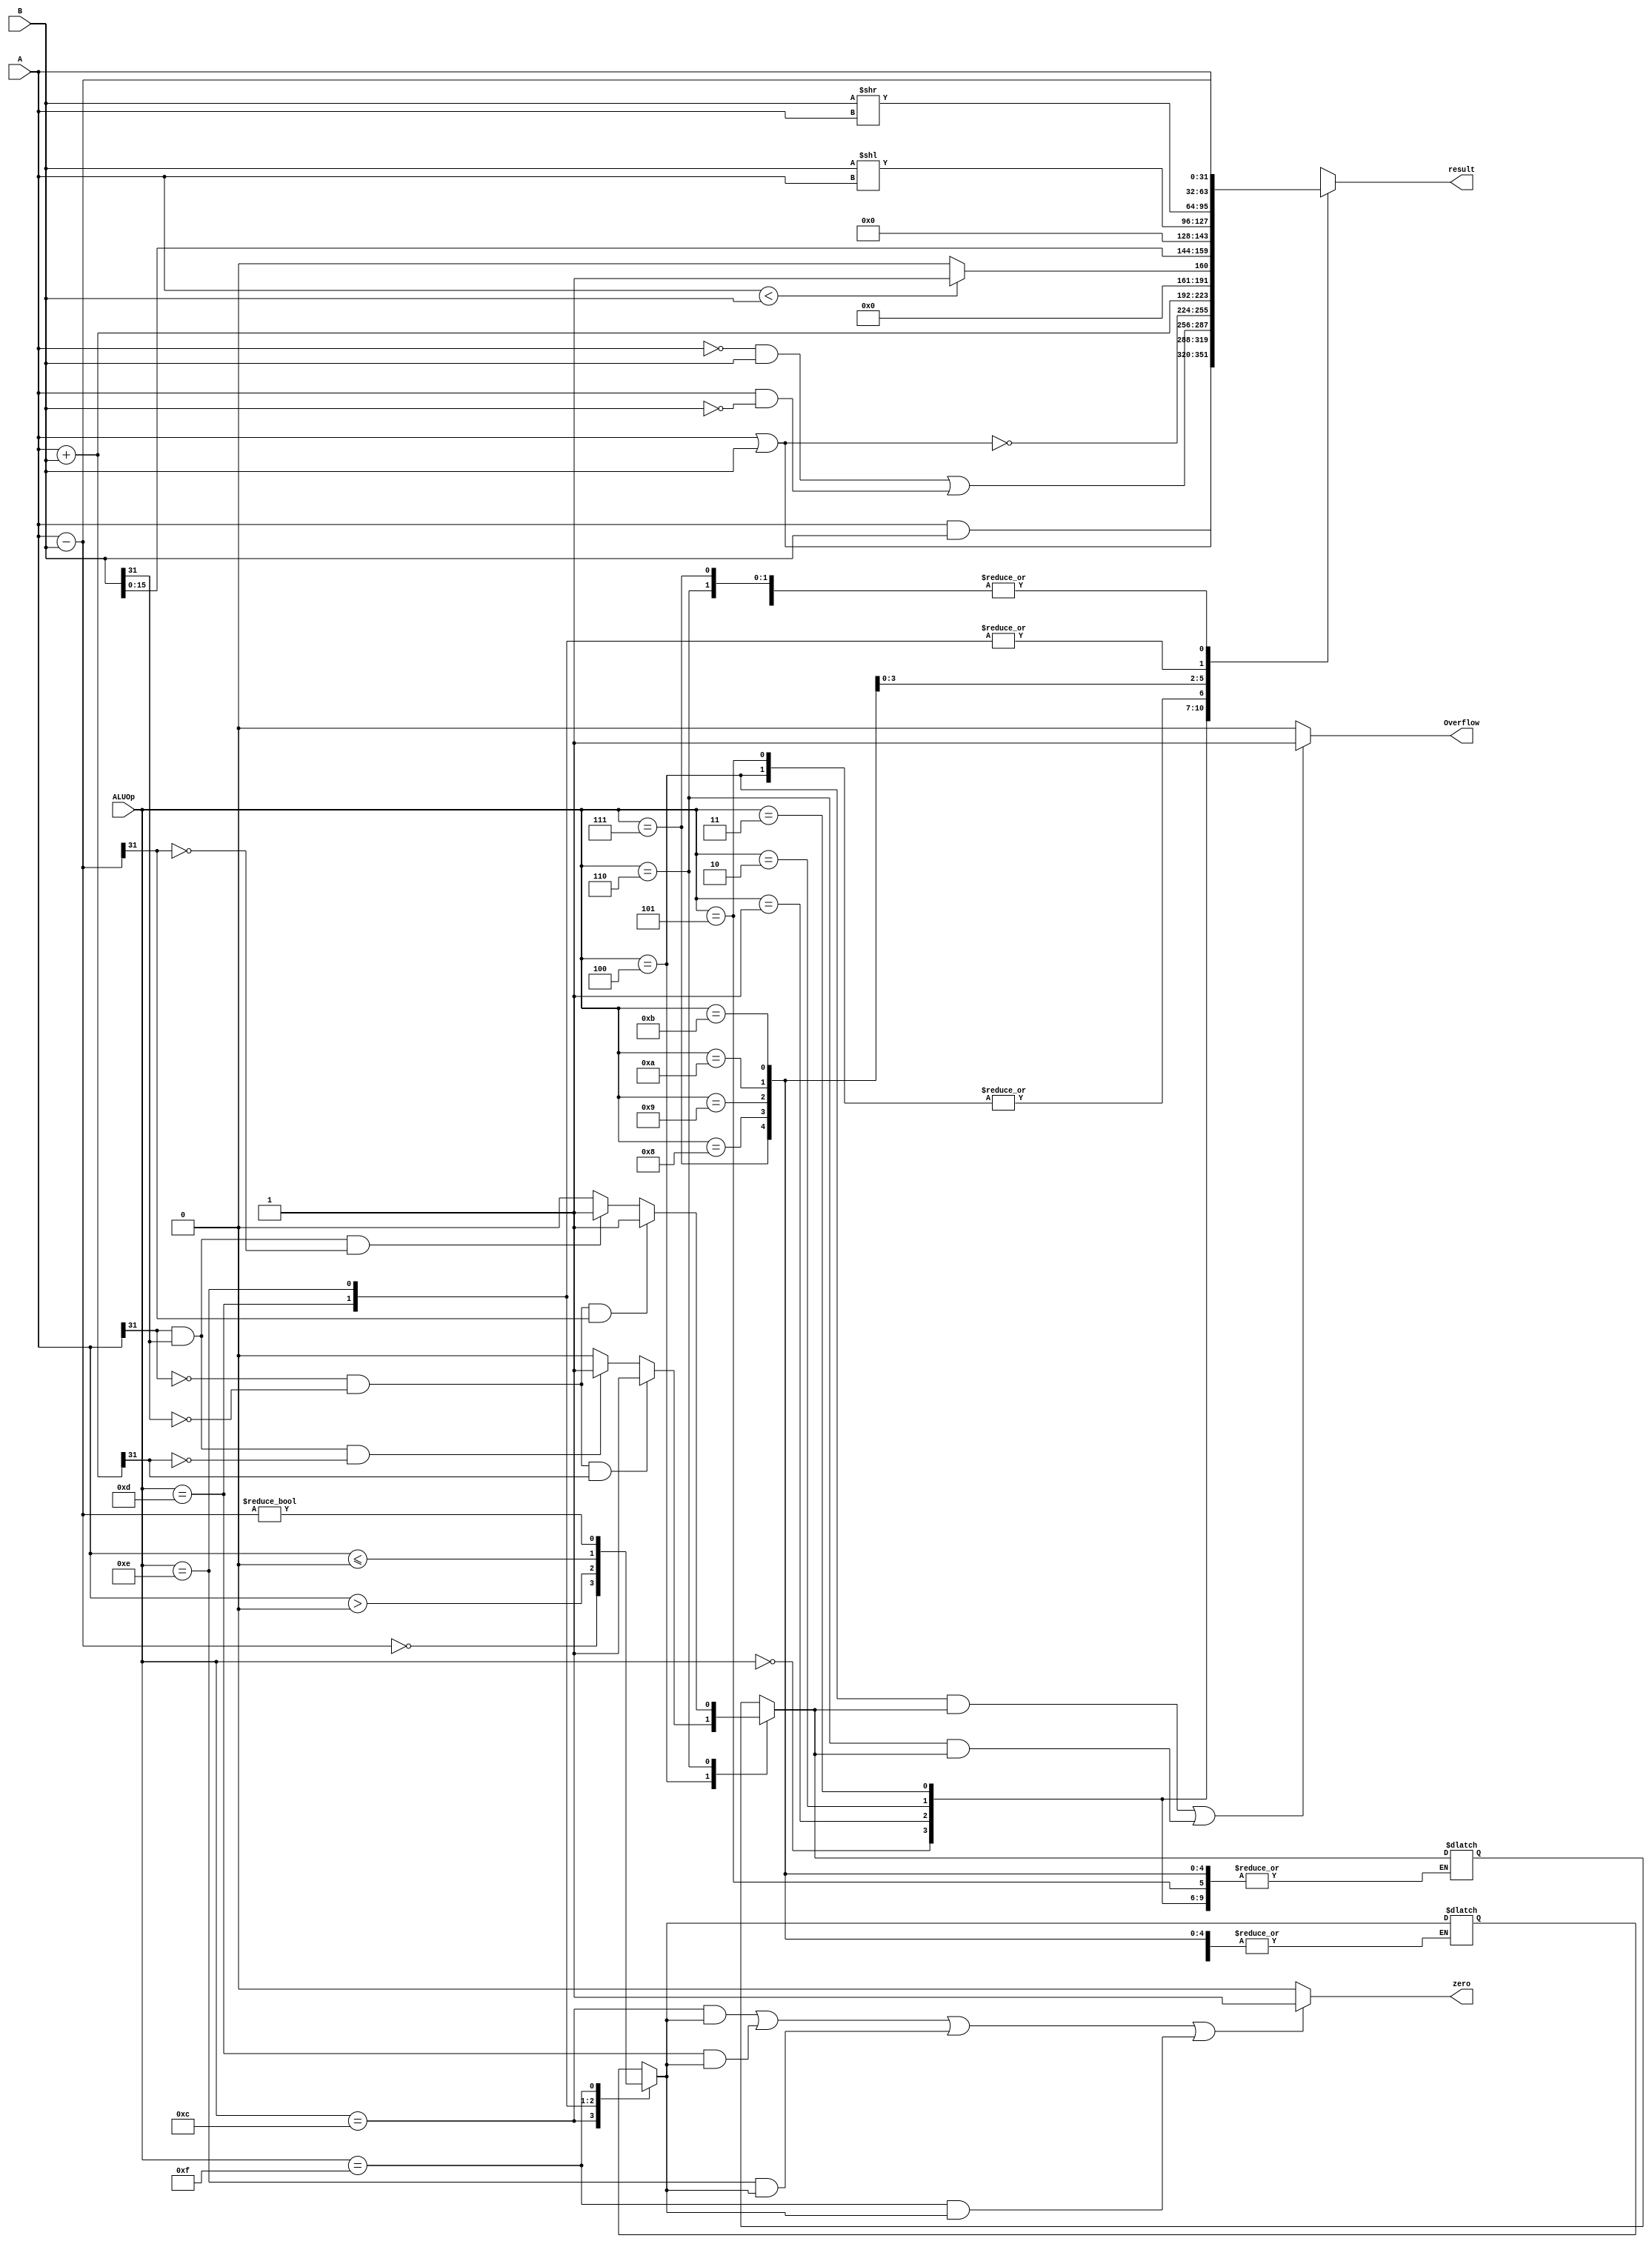
//datalate

`timescale 1ns / 1ps
/////////////////////////////////////////////////////////////////
module ALU_CPU2 (
            input [31:0] 
            A,
            B,
            input [3:0] ALUOp,
            output reg zero,
            output reg Overflow,
            output reg [31:0] result);

initial begin
    result = 0;
end

reg [0:0] ZR;
reg [0:0] OF;


always @( A or B or ALUOp) begin
    case (ALUOp)
        // 3'b000: result   = A + B;//A+B
        // 3'b001: result   = A - B;//A-B
        // 3'b010: result   = ((A < B)?1:0);//A B compare
        // 3'b011: result   = A >> B;//right move
        // 3'b100: result   = A << B;//left move
        // 3'b101: result   = A | B;//or
        // 3'b110: result   = A & B;//and
        // 3'b111: result   = (~A & B) |  (A & ~B);//xor
        // default : result = 0;

        // 4'b0000: result = A & B;
        // 4'b0001: result = A | B;
        // 4'b0010: result = (~A & B) |  (A & ~B);
        // 4'b0011: result = ~(A | B);
        // 4'b0100: result = A + B;
        // 4'b0101: result = A + B;
        // 4'b0110: result = A - B;
        // 4'b0111: result = A - B;
        // 4'b1000: result = ((A < B)?1:0);
               
        4'b0000: result = A & B;
        4'b0001: result = A | B;
        4'b0010: result = (~A & B) |  (A & ~B);
        4'b0011: result = ~(A | B);
        4'b0100: begin 
                    result = A + B;
                    if (A[31] == 1'b0 && B[31] == 1'b0 && result[31] == 1'b1) begin
                        OF = 1'b1;
                    end
                    else if (A[31] == 1'b1 && B[31] == 1'b1 && result[31] == 1'b0) begin
                        OF = 1'b1;
                    end
                    else begin
                        OF = 1'b0;
                    end
                 end
        4'b0101: result = A + B;
        4'b0110: begin 
                    result = A - B;
                    if (A[31] == 1'b0 && B[31] == 1'b0 && result[31] == 1'b1) begin
                        OF = 1'b1;
                    end
                    else if (A[31] == 1'b1 && B[31] == 1'b1 && result[31] == 1'b0) begin
                        OF = 1'b1;
                    end
                    else begin
                        OF = 1'b0;
                    end
                 end
        4'b0111: result = A - B;
        4'b1000: result = ((A < B)?1:0);
        4'b1001: result = B << 16;
        4'b1010: result = B << A;
        4'b1011: result = B >> A;

        4'b1100: begin 
                    result = A - B;
                    ZR = (result == 0);
                 end
        4'b1101: begin 
                    result = A;
                    ZR = (result > 0);
                 end
        4'b1110: begin 
                    result = A;
                    ZR = (result <= 0);
                 end

        4'b1111: begin
                    result = A - B;
                    ZR = (result != 0);
                 end
        default:result = 0;
    endcase
    zero = ((ALUOp == 4'b1100 && ZR) ||(ALUOp == 4'b1101 && ZR) ||(ALUOp == 4'b1110 && ZR)||(ALUOp == 4'b1111 && ZR))?1:0;
    Overflow = (((ALUOp == 4'b0100 && OF)||(ALUOp == 4'b0110 && OF)))?1:0;

end
endmodule